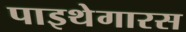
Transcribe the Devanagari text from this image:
पाइथेगारस